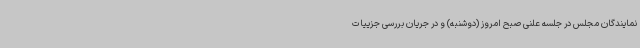
نمایندگان مجلس در جلسه علنی صبح امروز (دوشنبه) و در جریان بررسی جزییات